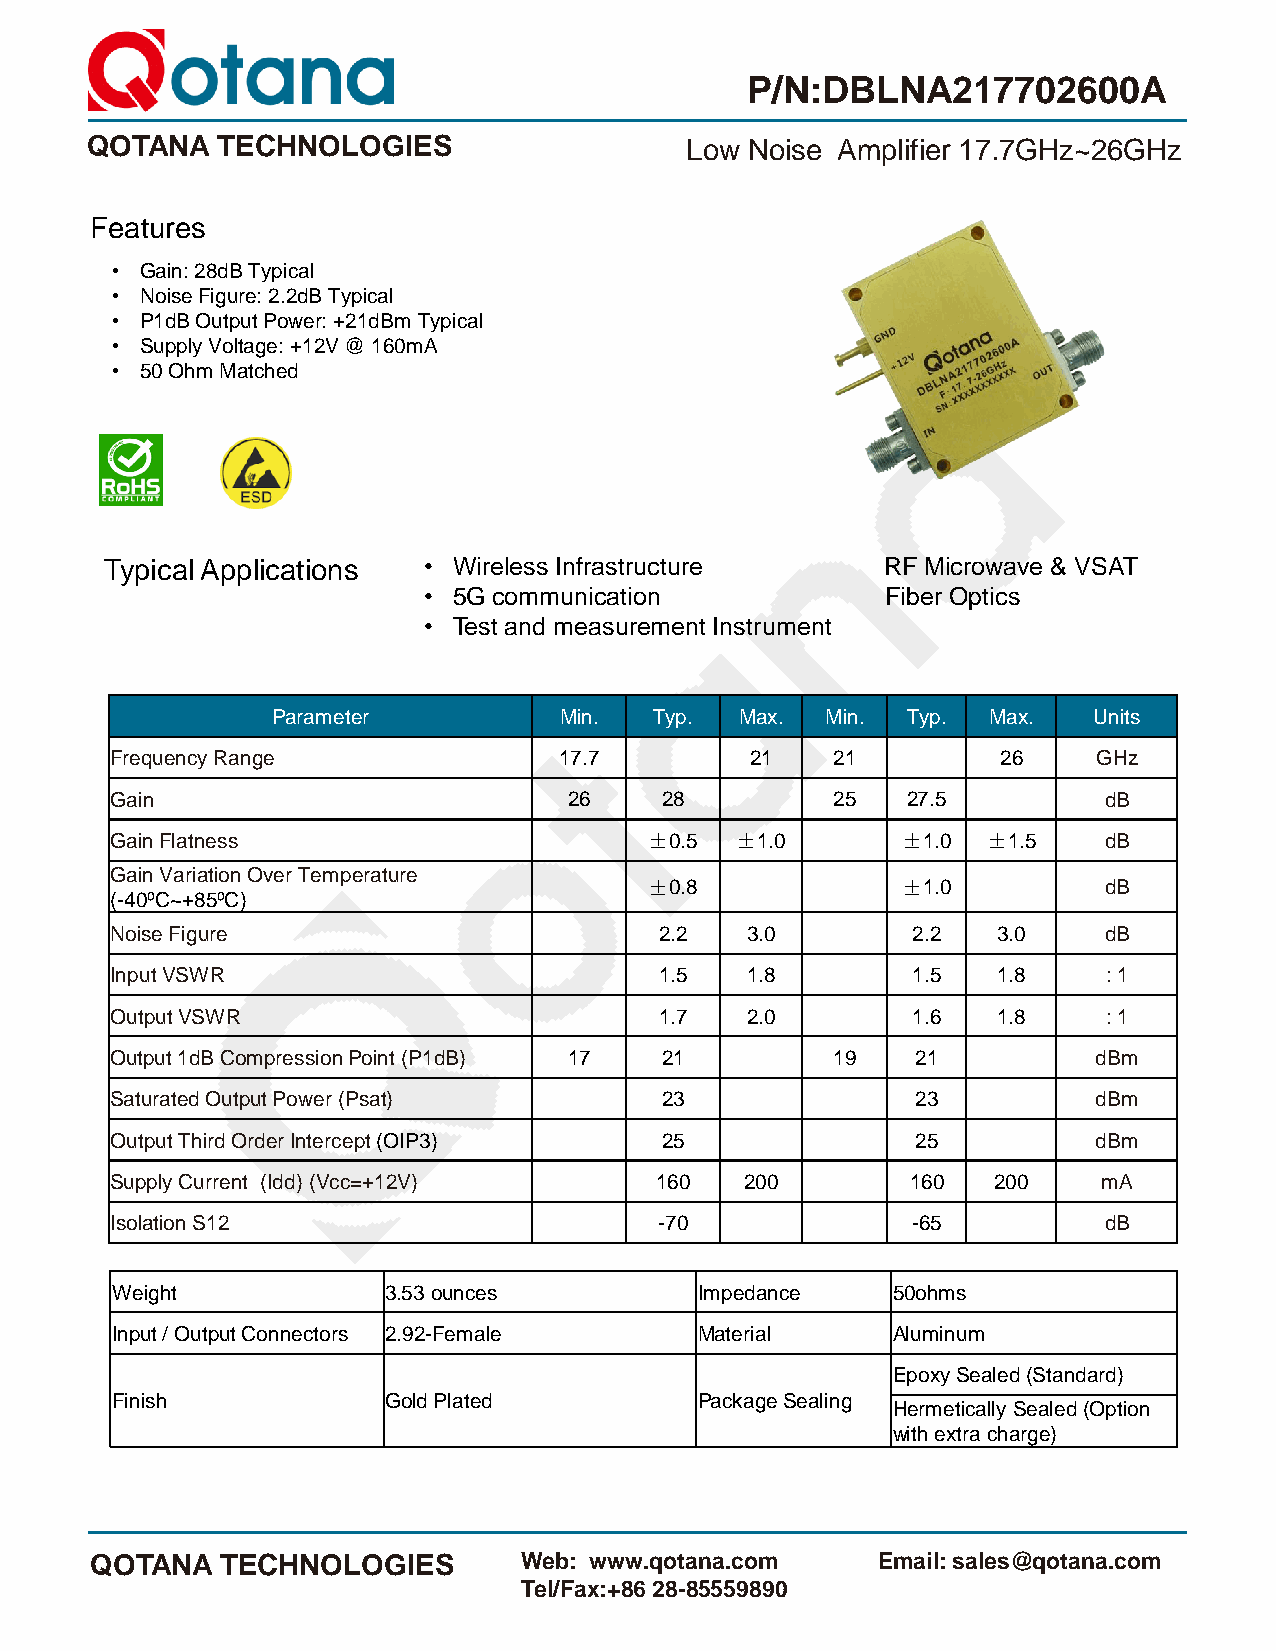
P/N:DBLNA217702600A
 QOTANA  TECHNOLOGIES                   Low Noise Amplifier 17.7GHz~26GHz
 Features
 • Gain: 28dB Typical
 • Noise Figure: 2.2dB Typical
 • P1dB Output Power: +21dBm Typical
 • Supply Voltage: +12V @ 160mA
 • 50 Ohm Matched
 Typical Applications • Wireless Infrastructure      RF Microwave & VSAT
 • 5G communication             Fiber Optics
 • Test and measurement Instrument
 Parameter          Min.  Typ.  Max.  Min. Typ. Max.   Units
 Frequency Range               17.7         21   21         26     GHz
 Gain                           26    28         25   27.5         dB
 Gain Flatness                       ±0.5  ±1.0       ±1.0 ±1.5    dB
 Gain Variation Over Temperature
 ±0.8             ±1.0         dB
 (-40Cº ~+85Cº )
 Noise Figure                         2.2  3.0        2.2   3.0    dB
 Input VSWR                           1.5  1.8        1.5   1.8    : 1
 Output VSWR                          1.7  2.0        1.6   1.8    : 1
 Output 1dB Compression Point (P1dB) 17 21       19    21         dBm
 Saturated Output Power (Psat)        23               23         dBm
 Output Third Order Intercept (OIP3)  25               25         dBm
 Supply Current (Idd) (Vcc=+12V)     160   200        160   200    mA
 Isolation S12                        -70             -65          dB
 Weight            3.53 ounces          Impedance    50ohms
 Input / Output Connectors 2.92-Female  Material     Aluminum
 Epoxy Sealed (Standard)
 Finish            Gold Plated          Package Sealing
 Hermetically Sealed (Option
 with extra charge)
 QOTANA   TECHNOLOGIES       Web: www.qotana.com     Email: sales@qotana.com
 Tel/Fax:+86 28-85559890